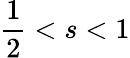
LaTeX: \frac 12<s<1